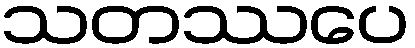
သတဿပေ